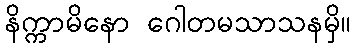
နိက္ကာမိနော ဂေါတမသာသနမှိ။